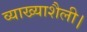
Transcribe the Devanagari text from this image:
व्याख्याशैली।